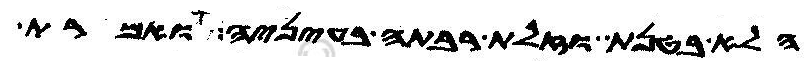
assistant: הלא בטנת וזלת רבתה בעיניה ואמרת